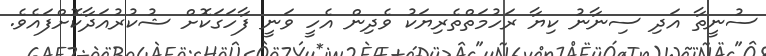
ސުނީތާ އަދި ސިނާނު ކިޔާ ރަހުމަތްތެރިޔަކު ވެދިން އެހީ ވަނީ ފާހަގަކޮށް ޝުކުރުއަދާކޮށްފައެވެ.